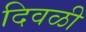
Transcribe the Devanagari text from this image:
दिवळी